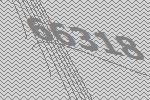
66318